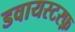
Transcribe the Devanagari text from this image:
डवायस्टरफ़